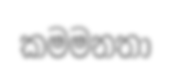
කමමනතා